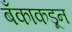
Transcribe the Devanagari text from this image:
बँकाकडून